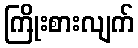
ကြိုးစားလျက်